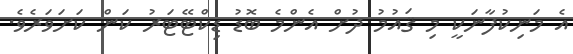
އެ މަނިކުފާނަކީ މި ޤައުމު ދުށް އެންމެ ބޮޑު ޑިކްޓޭޓަރު ކަން ކަށަވަރެވެ.